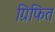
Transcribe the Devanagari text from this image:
ग्रिफित